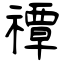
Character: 禫